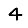
Digit: 4